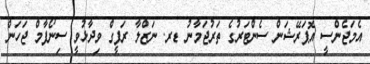
އެމަޖެންސީ އޮޕަރޭޝަން ސެންޓަރުގެ ތަރުޖަމާނު ޑރ. ނަޒްލާ ރަފީގް ވިދާޅުވީ ސިނޯފާމް ޖަހަން